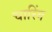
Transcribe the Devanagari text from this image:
चारिंग